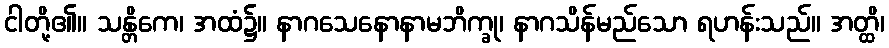
ငါတို့၏။ သန္တိကေ၊ အထံ၌။ နာဂသေနောနာမဘိက္ခု၊ နာဂသိန်မည်သော ရဟန်းသည်။ အတ္ထိ၊